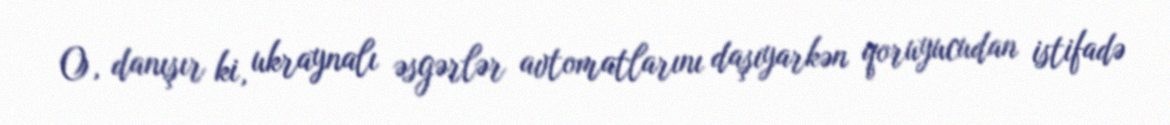
O, danışır ki, ukraynalı əsgərlər avtomatlarını daşıyarkən qoruyucudan istifadə